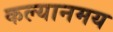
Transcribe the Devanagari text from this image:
कल्यानमय